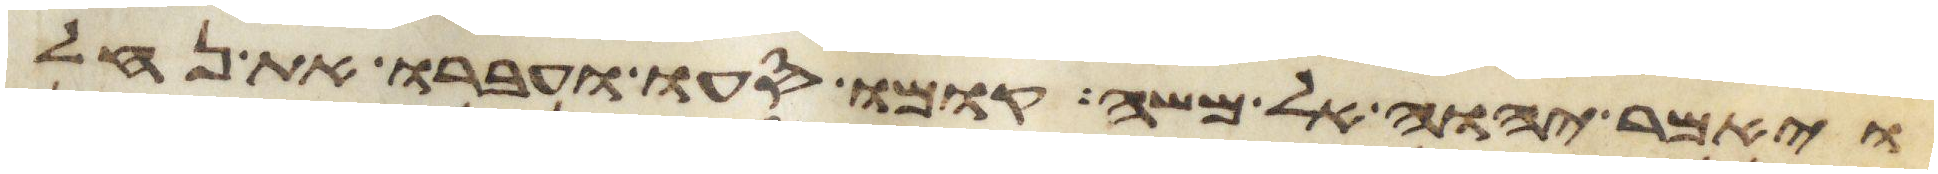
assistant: ויאמר יהוה אל משה קומו סעו ועברו את נחל